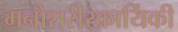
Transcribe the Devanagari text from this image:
मनोशरीरकार्यिकी